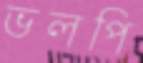
ভলপি